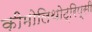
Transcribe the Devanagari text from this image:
कीमोलिथोट्रिप्सी